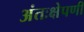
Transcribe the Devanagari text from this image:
अंतःक्षेपणी